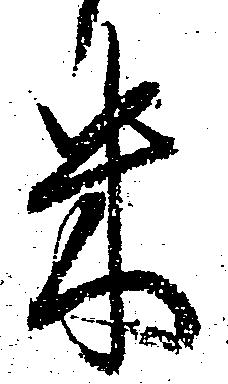
米